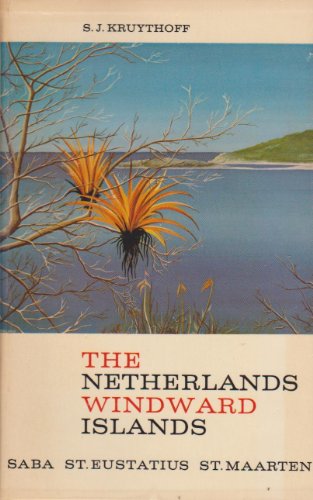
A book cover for The Netherlands Windward Islands, or The Windward Group of the Netherlands Antilles;: A handbook of useful information for visitor as well as resident; S. J Kruythoff; Travel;